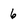
Character: 6